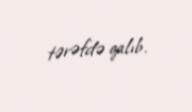
tərəfdə qalıb.